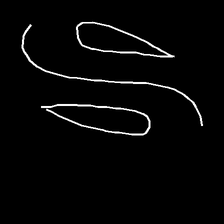
Glyph: water